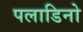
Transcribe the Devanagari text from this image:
पलाडिनो